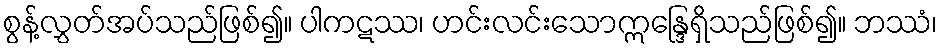
စွန့်လွှတ်အပ်သည်ဖြစ်၍။ ပါကဋဿ၊ ဟင်းလင်းသောဣန္ဒြေရှိသည်ဖြစ်၍။ ဘဿံ၊